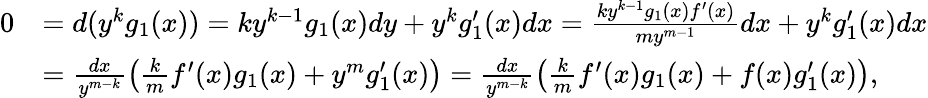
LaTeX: \begin{array}{rl}{0}&{=d(y^{k}g_{1}(x))=ky^{k-1}g_{1}(x)dy+y^{k}g_{1}^{\prime}(x)dx=\frac{ky^{k-1}g_{1}(x)f^{\prime}(x)}{my^{m-1}}dx+y^{k}g_{1}^{\prime}(x)dx}\\ &{=\frac{dx}{y^{m-k}}\left(\frac{k}{m}f^{\prime}(x)g_{1}(x)+y^{m}g_{1}^{\prime}(x)\right)=\frac{dx}{y^{m-k}}\left(\frac{k}{m}f^{\prime}(x)g_{1}(x)+f(x)g_{1}^{\prime}(x)\right),}\end{array}